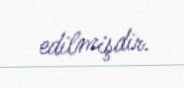
edilmişdir.